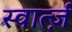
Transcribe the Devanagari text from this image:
स्वार्त्ज़